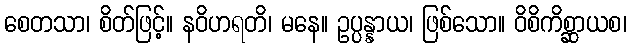
စေတသာ၊ စိတ်ဖြင့်။ နဝိဟရတိ၊ မနေ။ ဥပ္ပန္နာယ၊ ဖြစ်သော။ ဝိစိကိစ္ဆာယစ၊